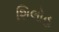
શિલોહ